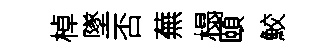
棹墜否蕪榻頤鮫